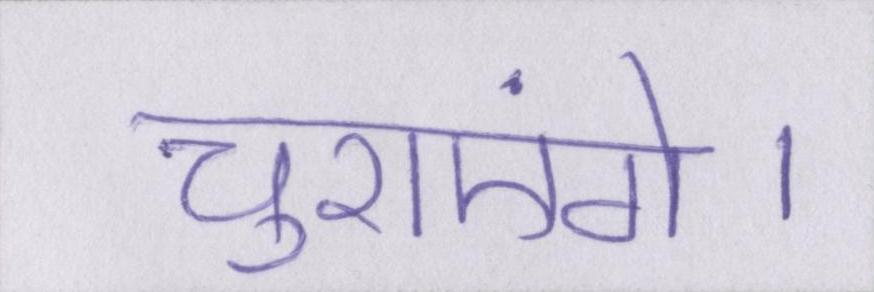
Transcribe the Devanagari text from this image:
चुराएंगे।